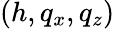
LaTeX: (h,q_{x},q_{z})